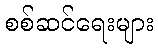
စစ်ဆင်ရေးများ